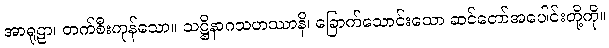
အာရုဠာ၊ တက်စီးကုန်သော။ သဋ္ဌိနာဂသဟဿာနိ၊ ခြောက်သောင်းသော ဆင်တော်အပေါင်းတို့ကို။